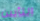
التأبين